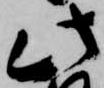
此